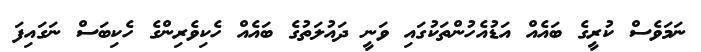
ނަމަވެސް ކުރީގެ ބައެއް އަޑުއެހުންތަކުގައި ވަނީ ދައުލަތުގެ ބައެއް ހެކިވެރިންގެ ހެކިބަސް ނަގައިފަ